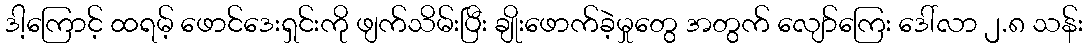
ဒါ့ကြောင့် ထရမ့် ဖောင်ဒေးရှင်းကို ဖျက်သိမ်းပြီး ချိုးဖောက်ခဲ့မှုတွေ အတွက် လျော်ကြေး ဒေါ်လာ ၂.၈ သန်း